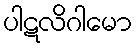
ပါဋလိဂါမော